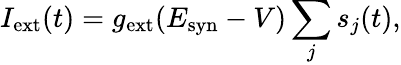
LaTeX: I_{\mathrm{ext}}(t)=g_{\mathrm{ext}}(E_{\mathrm{syn}}-V)\sum_{j}s_{j}(t),